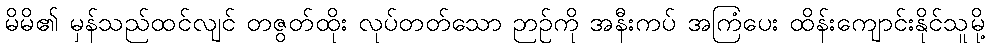
မိမိ၏ မှန်သည်ထင်လျင် တဇွတ်ထိုး လုပ်တတ်သော ဉာဉ်ကို အနီးကပ် အကြံပေး ထိန်းကျောင်းနိုင်သူမို့